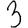
Digit: 3